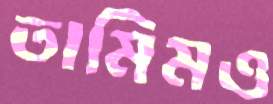
তামিমও